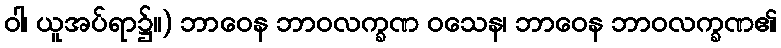
ဝါ၊ ယူအပ်ရာ၌။) ဘာဝေန ဘာဝလက္ခဏ ဝသေန၊ ဘာဝေန ဘာဝလက္ခဏ၏